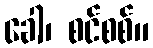
ခေါ၊ စင်စစ်။